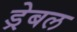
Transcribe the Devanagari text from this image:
ड्रेबल